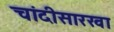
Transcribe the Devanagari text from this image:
चांदीसारखा